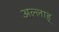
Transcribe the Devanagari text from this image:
अल्लाह्